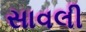
સાવલી